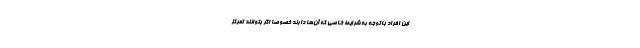
این افراد باتوجه به شرایط خاصی که آن‌ها دارند خصوصاً اگر بتوانند تمرکز